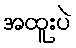
အထူးပဲ